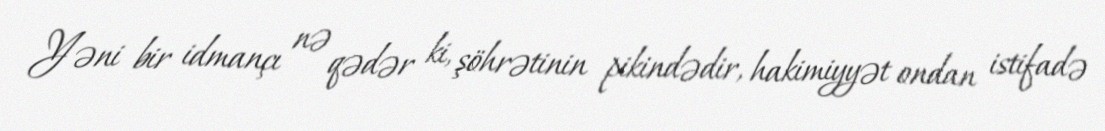
Yəni bir idmançı nə qədər ki, şöhrətinin pikindədir, hakimiyyət ondan istifadə